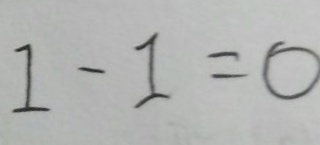
1 - 1 = 0